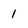
Character: 1